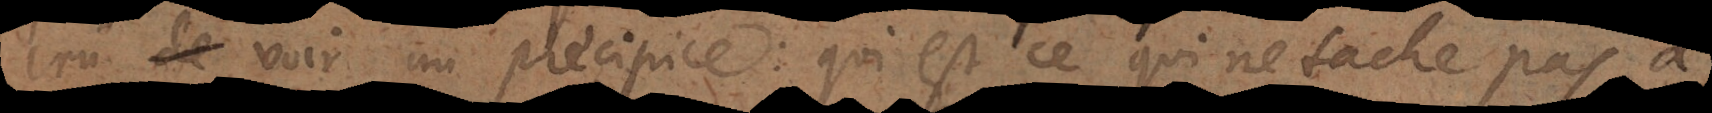
crû de voir un precipice: qui est ce qui n’évite pas ne